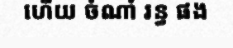
ហើយ ចំណាំ រន្ធ ផង